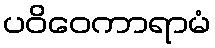
ပဝိဝေကာရာမံ